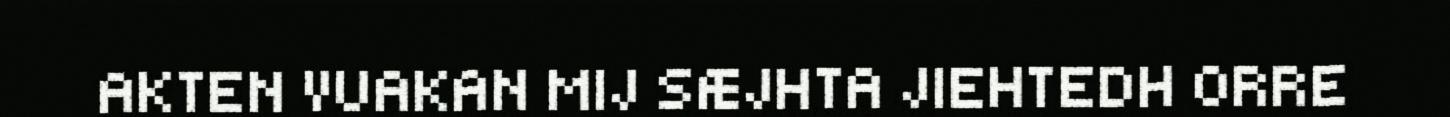
AKTEN VUAKAN MIJ SÆJHTA JIEHTEDH ORRE